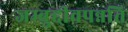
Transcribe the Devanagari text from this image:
जम्बुद्दीवपन्नति